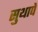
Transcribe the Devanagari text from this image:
सुथापे